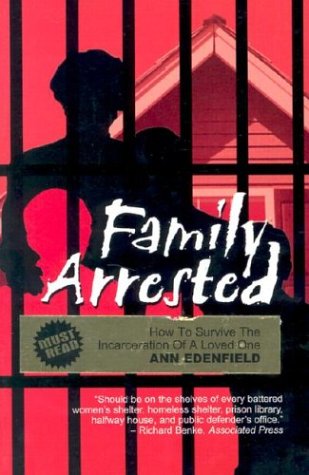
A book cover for Family Arrested: How to Survive the Incarceration of a Loved One; Ann Edenfield; Parenting & Relationships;